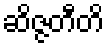
ဆိဇ္ဇတီတိ